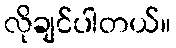
လိုချင်ပါတယ်။